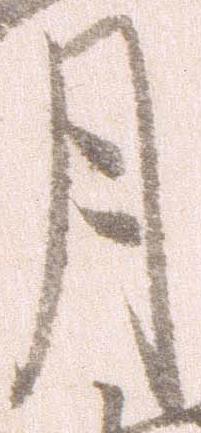
月